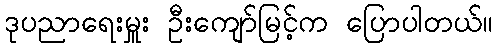
ဒုပညာရေးမှူး ဦးကျော်မြင့်က ပြောပါတယ်။